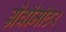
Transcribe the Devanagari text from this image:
ग्रेवोमीटर